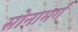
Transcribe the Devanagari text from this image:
सोनामर्ग